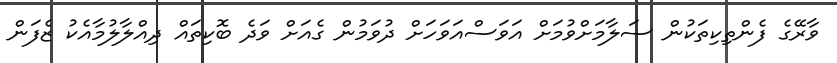
ވާރޭގެ ފެންތިކިތަކުން ސަލާމަށްވުމަށް އަވަސްއަވަހަށް ދުވަމުން ގެއަށް ވަދެ ބޮކިތައް ދިއްލާލުމާއެކު ޒެފަން